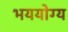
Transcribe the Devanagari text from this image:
भययोग्य